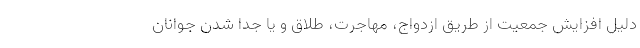
دلیل افزایش جمعیت از طریق ازدواج، مهاجرت، طلاق و یا جدا شدن جوانان